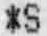
*S